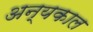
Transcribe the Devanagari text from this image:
अन्यकाल